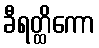
ခီရတ္ထိကော